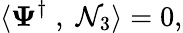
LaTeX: \langle\mathbf{\Psi}^{\dagger}\; ,\; \mathcal{N}_{3}\rangle=0,